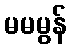
မမမွန်